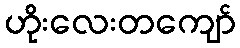
ဟိုးလေးတကျော်